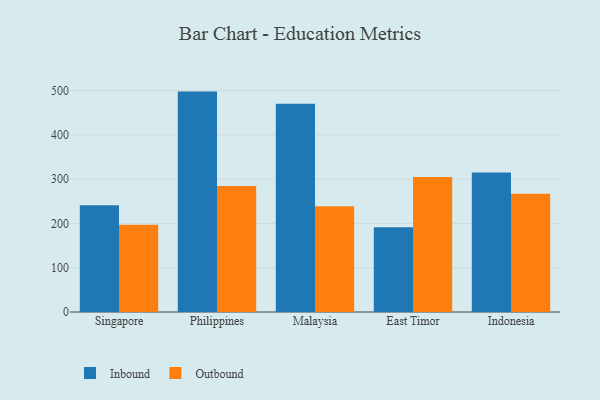
{"axis": {"x": "Country", "y": "Revenue (USD Million)"}, "legend": ["Inbound", "Outbound"], "data": [{"x": "Singapore", "y": 241.2, "type": "Inbound"}, {"x": "Singapore", "y": 197.0, "type": "Outbound"}, {"x": "Philippines", "y": 497.7, "type": "Inbound"}, {"x": "Philippines", "y": 284.4, "type": "Outbound"}, {"x": "Malaysia", "y": 470.4, "type": "Inbound"}, {"x": "Malaysia", "y": 238.9, "type": "Outbound"}, {"x": "East Timor", "y": 191.5, "type": "Inbound"}, {"x": "East Timor", "y": 304.8, "type": "Outbound"}, {"x": "Indonesia", "y": 314.8, "type": "Inbound"}, {"x": "Indonesia", "y": 267.1, "type": "Outbound"}]}